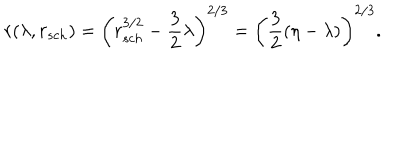
r ( \lambda , r _ { s c h } ) = \left( r _ { s c h } ^ { 3 / 2 } - { \frac { 3 } { 2 } } \lambda \right) ^ { 2 / 3 } = \left( { \frac { 3 } { 2 } } ( \eta - \lambda ) \right) ^ { 2 / 3 } .